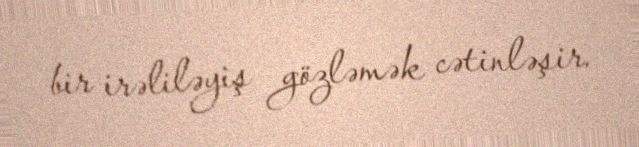
bir irəliləyiş gözləmək cətinləşir.